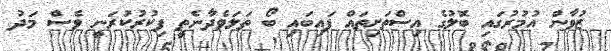
ޒުވާން އުމުރުގައި ބޮލުގެ އިސްތަށިތައް ފައިބައި ބޯ ތަލަވެދާނެތީ ފިކުރުކުރަނީ ވެސް މަދު